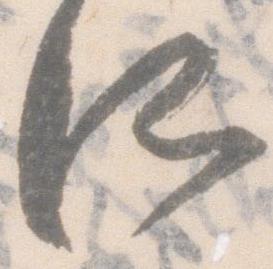
所